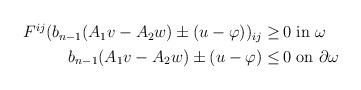
LaTeX: \begin{align*}\begin{aligned}F^{ij} (b_{n-1} (A_1 v - A_2 w) \pm (u - \varphi))_{ij} \geq \,& 0 \mbox{ in } \omega\\ b_{n-1} (A_1 v - A_2 w) \pm (u - \varphi) \leq \,& 0 \mbox{ on } \partial \omega\end{aligned}\end{align*}